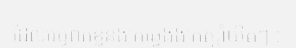
ដែលរេឬពត់ខ្លួនងាកឆ្វេងងាកស្តាំយឺតៗ :